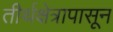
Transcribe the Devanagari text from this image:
तीर्थक्षेत्रापासून